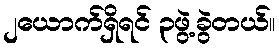
၂ယောက်ရှိရင် ၃ဖွဲ့ခွဲတယ်။